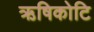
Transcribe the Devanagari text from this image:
ऋषिकोटि